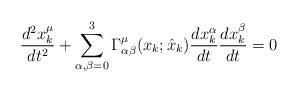
LaTeX: \begin{align*}\frac{d^{2}x_{k}^{\mu }}{dt^{2}} +\sum_{\alpha ,\beta = 0}^{3} \Gamma_{\alpha \beta }^{\mu }(x_{k};\hat{x}_{k} )\frac{dx_{k}^{\alpha }}{dt} \frac{dx_{k}^{\beta }}{dt} = 0\end{align*}